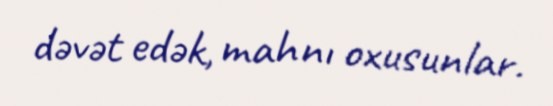
dəvət edək, mahnı oxusunlar.